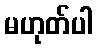
မဟုတ်ပါ